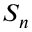
S _ { n }